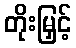
တိုးမြှင့်